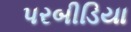
પરબીડિયા